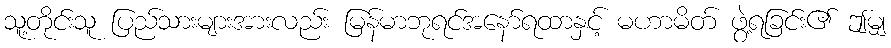
သူ့တိုင်းသူ ပြည်သားများအားလည်း မြန်မာဘုရင်အနော်ရထာနှင့် မဟာမိတ် ဖွဲ့ရခြင်း၏ ဤမျှ